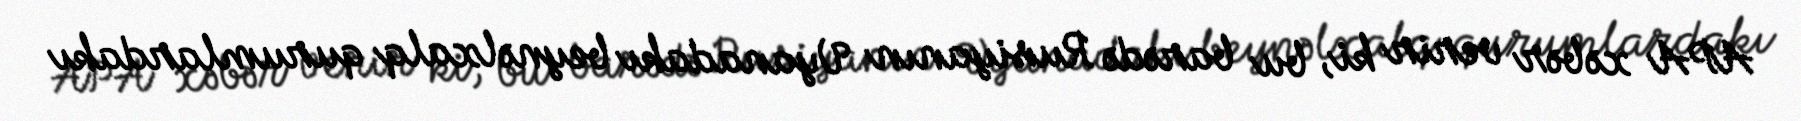
APA xəbər verir ki, bu barədə Rusiyanın Vyanadakı beynəlxalq qurumlardakı